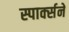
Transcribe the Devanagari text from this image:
स्पार्क्‍सने